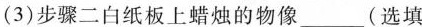
(3)步骤二白纸板上蜡烛的物像___(选填